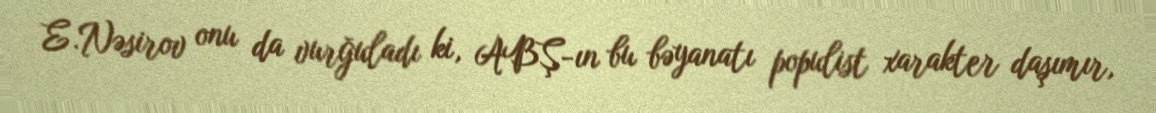
E.Nəsirov onu da vurğuladı ki, ABŞ-ın bu bəyanatı populist xarakter daşımır,